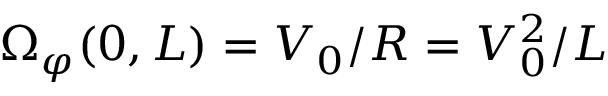
\Omega _ { \varphi } ( 0 , L ) = V _ { 0 } / R = V _ { 0 } ^ { 2 } / L